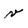
Character: v